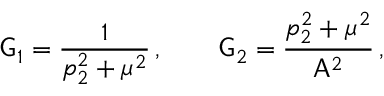
\mathsf { G } _ { 1 } = \frac { 1 } { p _ { 2 } ^ { 2 } + \mu ^ { 2 } } \, , \qquad \mathsf { G } _ { 2 } = \frac { p _ { 2 } ^ { 2 } + \mu ^ { 2 } } { \mathsf { A } ^ { 2 } } \, ,